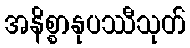
အနိစ္စာနုပဿီသုတ်